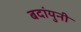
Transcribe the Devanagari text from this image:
बदांयुनी